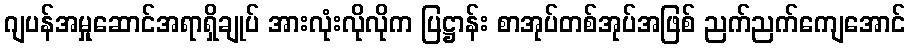
ဂျပန်အမှုဆောင်အရာရှိချုပ် အားလုံးလိုလိုက ပြဋ္ဌာန်း စာအုပ်တစ်အုပ်အဖြစ် ညက်ညက်ကျေအောင်